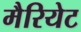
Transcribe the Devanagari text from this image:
मैरियेट